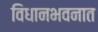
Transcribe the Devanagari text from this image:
विधानभवनात